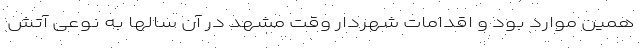
همین موارد بود و اقدامات شهردار وقت مشهد در آن سالها به نوعی آتش